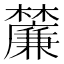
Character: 𭬴